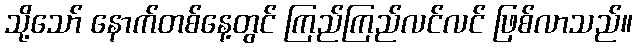
သို့သော် နောက်တစ်နေ့တွင် ကြည်ကြည်လင်လင် ဖြစ်လာသည်။